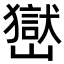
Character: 𡽺